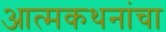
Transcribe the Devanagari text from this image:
आत्मकथनांचा